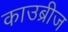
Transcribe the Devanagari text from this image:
काउब्रीज